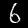
Digit: 6